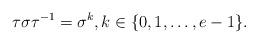
LaTeX: \begin{align*} \tau \sigma \tau^{-1} = \sigma^{k}, k \in \{0,1,\ldots,e-1\}.\end{align*}